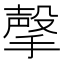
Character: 撀